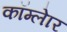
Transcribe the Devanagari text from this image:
कॉम्लेार